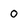
Character: 0